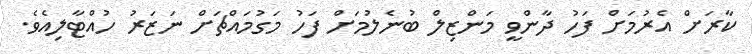
ކާރަށް އެރުމަށް ފަހު ދާންވީ މަންޒިލް ބުނެލުމަށް ފަހު މަގުމައްޗަށް ނަޒަރު ހުއްޓާލިއެވެ.